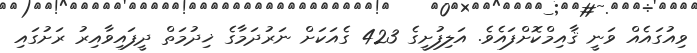
ވިއުގައެއް ވަނީ ޤާއިމްކޮށްފައެވެ. އަލިފުށީގެ 423 ގެއަކަށް ނަރުދަމާގެ ޚިދުމަތް ދީފައިވާއިރު ރަށުގައި